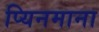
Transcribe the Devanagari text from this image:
प्यिनमाना